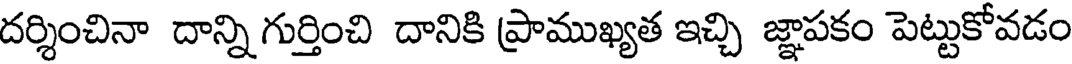
దర్శించినా దాన్ని గుర్తించి దానికి ప్రాముఖ్యత ఇచ్చి జ్ఞాపకం పెట్టుకోవడం